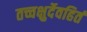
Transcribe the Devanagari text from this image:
तच्चक्षुर्देवहितं